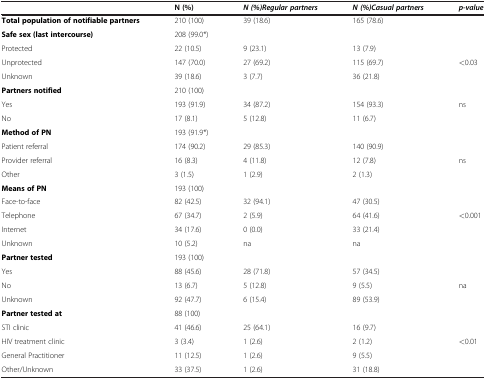
<table><thead><tr><td><b> </b></td><td><b>N (%)</b></td><td><b><i>N (%)</i><i>Regular partners</i></b></td><td><b><i>N (%)</i><i>Casual partners</i></b></td><td><b><i>p-value</i></b></td></tr></thead><tbody><tr><td><b>Total population of notifiable partners</b></td><td>210 (100)</td><td>39 (18.6)</td><td>165 (78.6)</td><td> </td></tr><tr><td><b>Safe sex (last intercourse)</b></td><td>208 (99.0*)</td><td> </td><td> </td><td> </td></tr><tr><td>Protected</td><td>22 (10.5)</td><td>9 (23.1)</td><td>13 (7.9)</td><td> </td></tr><tr><td>Unprotected</td><td>147 (70.0)</td><td>27 (69.2)</td><td>115 (69.7)</td><td>&lt;0.03</td></tr><tr><td>Unknown</td><td>39 (18.6)</td><td>3 (7.7)</td><td>36 (21.8)</td><td> </td></tr><tr><td><b>Partners notified</b></td><td>210 (100)</td><td> </td><td> </td><td> </td></tr><tr><td>Yes</td><td>193 (91.9)</td><td>34 (87.2)</td><td>154 (93.3)</td><td>ns</td></tr><tr><td>No</td><td>17 (8.1)</td><td>5 (12.8)</td><td>11 (6.7)</td><td> </td></tr><tr><td><b>Method of PN</b></td><td>193 (91.9*)</td><td> </td><td> </td><td> </td></tr><tr><td>Patient referral</td><td>174 (90.2)</td><td>29 (85.3)</td><td>140 (90.9)</td><td> </td></tr><tr><td>Provider referral</td><td>16 (8.3)</td><td>4 (11.8)</td><td>12 (7.8)</td><td>ns</td></tr><tr><td>Other</td><td>3 (1.5)</td><td>1 (2.9)</td><td>2 (1.3)</td><td> </td></tr><tr><td><b>Means of PN</b></td><td>193 (100)</td><td> </td><td> </td><td> </td></tr><tr><td>Face-to-face</td><td>82 (42.5)</td><td>32 (94.1)</td><td>47 (30.5)</td><td> </td></tr><tr><td>Telephone</td><td>67 (34.7)</td><td>2 (5.9)</td><td>64 (41.6)</td><td>&lt;0.001</td></tr><tr><td>Internet</td><td>34 (17.6)</td><td>0 (0.0)</td><td>33 (21.4)</td><td> </td></tr><tr><td>Unknown</td><td>10 (5.2)</td><td>na</td><td>na</td><td> </td></tr><tr><td><b>Partner tested</b></td><td>193 (100)</td><td> </td><td> </td><td> </td></tr><tr><td>Yes</td><td>88 (45.6)</td><td>28 (71.8)</td><td>57 (34.5)</td><td> </td></tr><tr><td>No</td><td>13 (6.7)</td><td>5 (12.8)</td><td>9 (5.5)</td><td>na</td></tr><tr><td>Unknown</td><td>92 (47.7)</td><td>6 (15.4)</td><td>89 (53.9)</td><td> </td></tr><tr><td><b>Partner tested at</b></td><td>88 (100)</td><td> </td><td> </td><td> </td></tr><tr><td>STI clinic</td><td>41 (46.6)</td><td>25 (64.1)</td><td>16 (9.7)</td><td> </td></tr><tr><td>HIV treatment clinic</td><td>3 (3.4)</td><td>1 (2.6)</td><td>2 (1.2)</td><td>&lt;0.01</td></tr><tr><td>General Practitioner</td><td>11 (12.5)</td><td>1 (2.6)</td><td>9 (5.5)</td><td> </td></tr><tr><td>Other/Unknown</td><td>33 (37.5)</td><td>1 (2.6)</td><td>31 (18.8)</td><td> </td></tr></tbody></table>